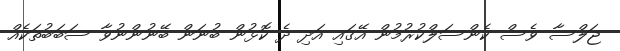
ޖަލްސާ ވެސް ކެންސަލްކުރުމުން އޭގައި އަދި ދެ ކޮޅުން ބުނަން ބޭނުންނުވާ ސަބަބުތަކެއް